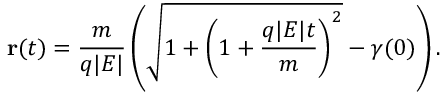
\mathbf { r } ( t ) = \frac { m } { q | E | } \left( \sqrt { 1 + \left( 1 + \frac { q | E | t } { m } \right) ^ { 2 } } - \gamma ( 0 ) \right) .